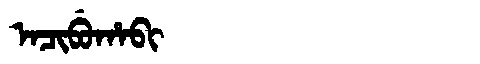
Manchu: ᠠᠴᡳᠪᡠᡥᠠᠪᡳ
Romanization: ACIBUHABI